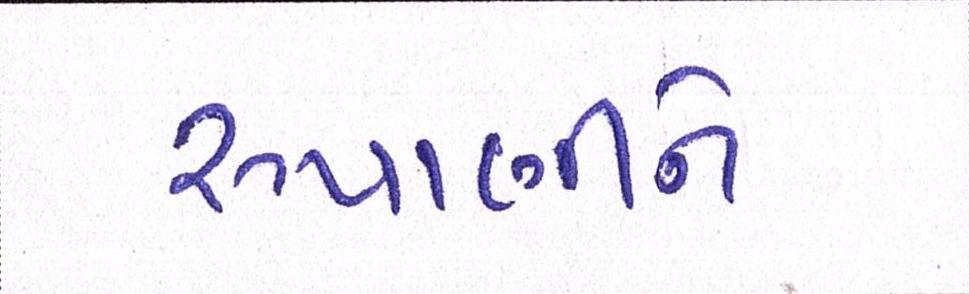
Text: રૂપાણીને